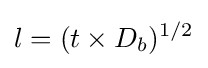
{l={(t\times D_{b}})^{1/2}}